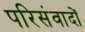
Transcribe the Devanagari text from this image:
परिसंवादों